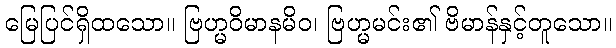
မြေပြင်ရှိထသော။ ဗြဟ္မဝိမာနမိဝ၊ ဗြဟ္မမင်း၏ ဗိမာန်နှင့်တူသော။